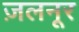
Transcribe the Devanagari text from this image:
ज़लनूर